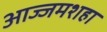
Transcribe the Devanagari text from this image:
आज्जमशहा